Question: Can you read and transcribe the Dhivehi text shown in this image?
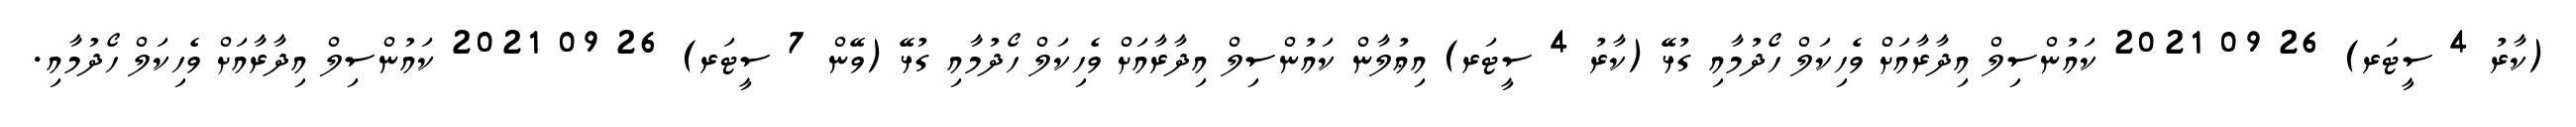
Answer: (ކާރު 4 ސީޓަރ) 26 09 2021 ކައުންސިލް އިދާރާއަށް ވެހިކަލް ހޯދުމާއި ގުޅޭ (ކާރު 4 ސީޓަރ) އިޢުލާން ކައުންސިލް އިދާރާއަށް ވެހިކަލް ހޯދުމާއި ގުޅޭ (ވޭން 7 ސީޓަރ) 26 09 2021 ކައުންސިލް އިދާރާއަށް ވެހިކަލް ހޯދުމާއި.